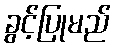
ခွင့်ပြုမည်